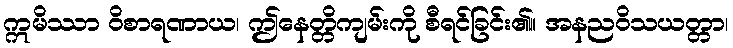
ဣမိဿာ ဝိစာရဏာယ၊ ဤနေတ္တိကျမ်းကို စီရင်ခြင်း၏။ အနညဝိသယတ္တာ၊